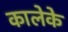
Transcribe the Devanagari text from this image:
कालेके